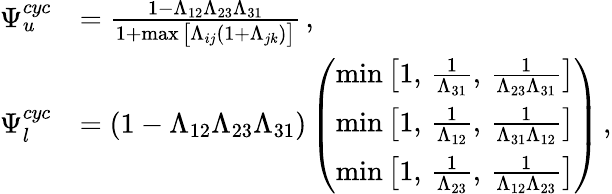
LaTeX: \begin{array}{rl}{\Psi_{u}^{cyc}}&{=\frac{1-\Lambda_{12}\Lambda_{23}\Lambda_{31}}{1+\operatorname*{max}\big[\Lambda_{ij}(1+\Lambda_{jk})\big]}\, ,}\\ {\Psi_{l}^{cyc}}&{=(1-\Lambda_{12}\Lambda_{23}\Lambda_{31})\left(\begin{array}{l}{\operatorname*{min}\big[1,\, \frac{1}{\Lambda_{31}},\, \frac{1}{\Lambda_{23}\Lambda_{31}}\big]}\\ {\operatorname*{min}\big[1,\, \frac{1}{\Lambda_{12}},\, \frac{1}{\Lambda_{31}\Lambda_{12}}\big]}\\ {\operatorname*{min}\big[1,\, \frac{1}{\Lambda_{23}},\, \frac{1}{\Lambda_{12}\Lambda_{23}}\big]}\end{array}\right)\, ,}\end{array}